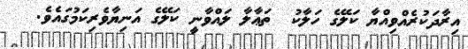
އިރާދަކުރެއްވިއްޔާ ކަލޭގެ ހަލާކު  ތަޢާލާ ލައްވާނީ ކަލޭގެ އަނިޔާވެރިކަމުގައެވެ.